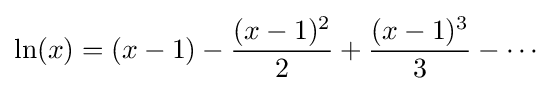
\ln(x)=(x-1)-{\frac {(x-1)^{2}}{2}}+{\frac {(x-1)^{3}}{3}}-\cdots